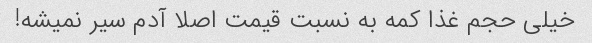
خیلی حجم غذا کمه به نسبت قیمت اصلا آدم سیر نمیشه!